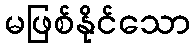
မဖြစ်နိုင်သော